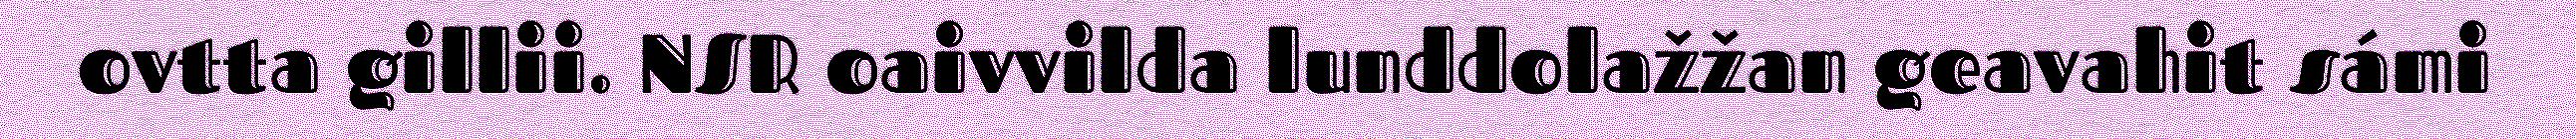
ovtta gillii. NSR oaivvilda lunddolažžan geavahit sámi